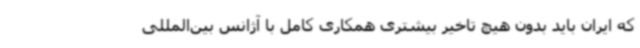
که ایران باید بدون هیچ تاخیر بیشتری همکاری کامل با آژانس بین‌المللی